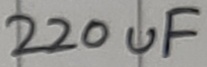
Text: 220uF